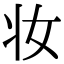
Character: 妆